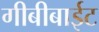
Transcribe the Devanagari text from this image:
गीबीबाईट